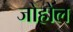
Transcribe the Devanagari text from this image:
जोहोल